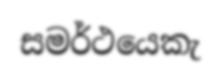
සමර්ථයෙකැ